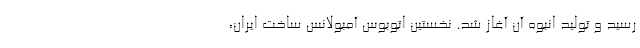
رسید و تولید انبوه آن آغاز شد. نخستین اتوبوس آمبولانس ساخت ایران،